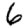
Digit: 6